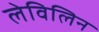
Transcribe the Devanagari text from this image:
लेविलिन